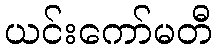
ယင်းကော်မတီ